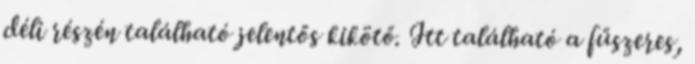
déli részén található jelentős kikötő. Itt található a fűszeres,